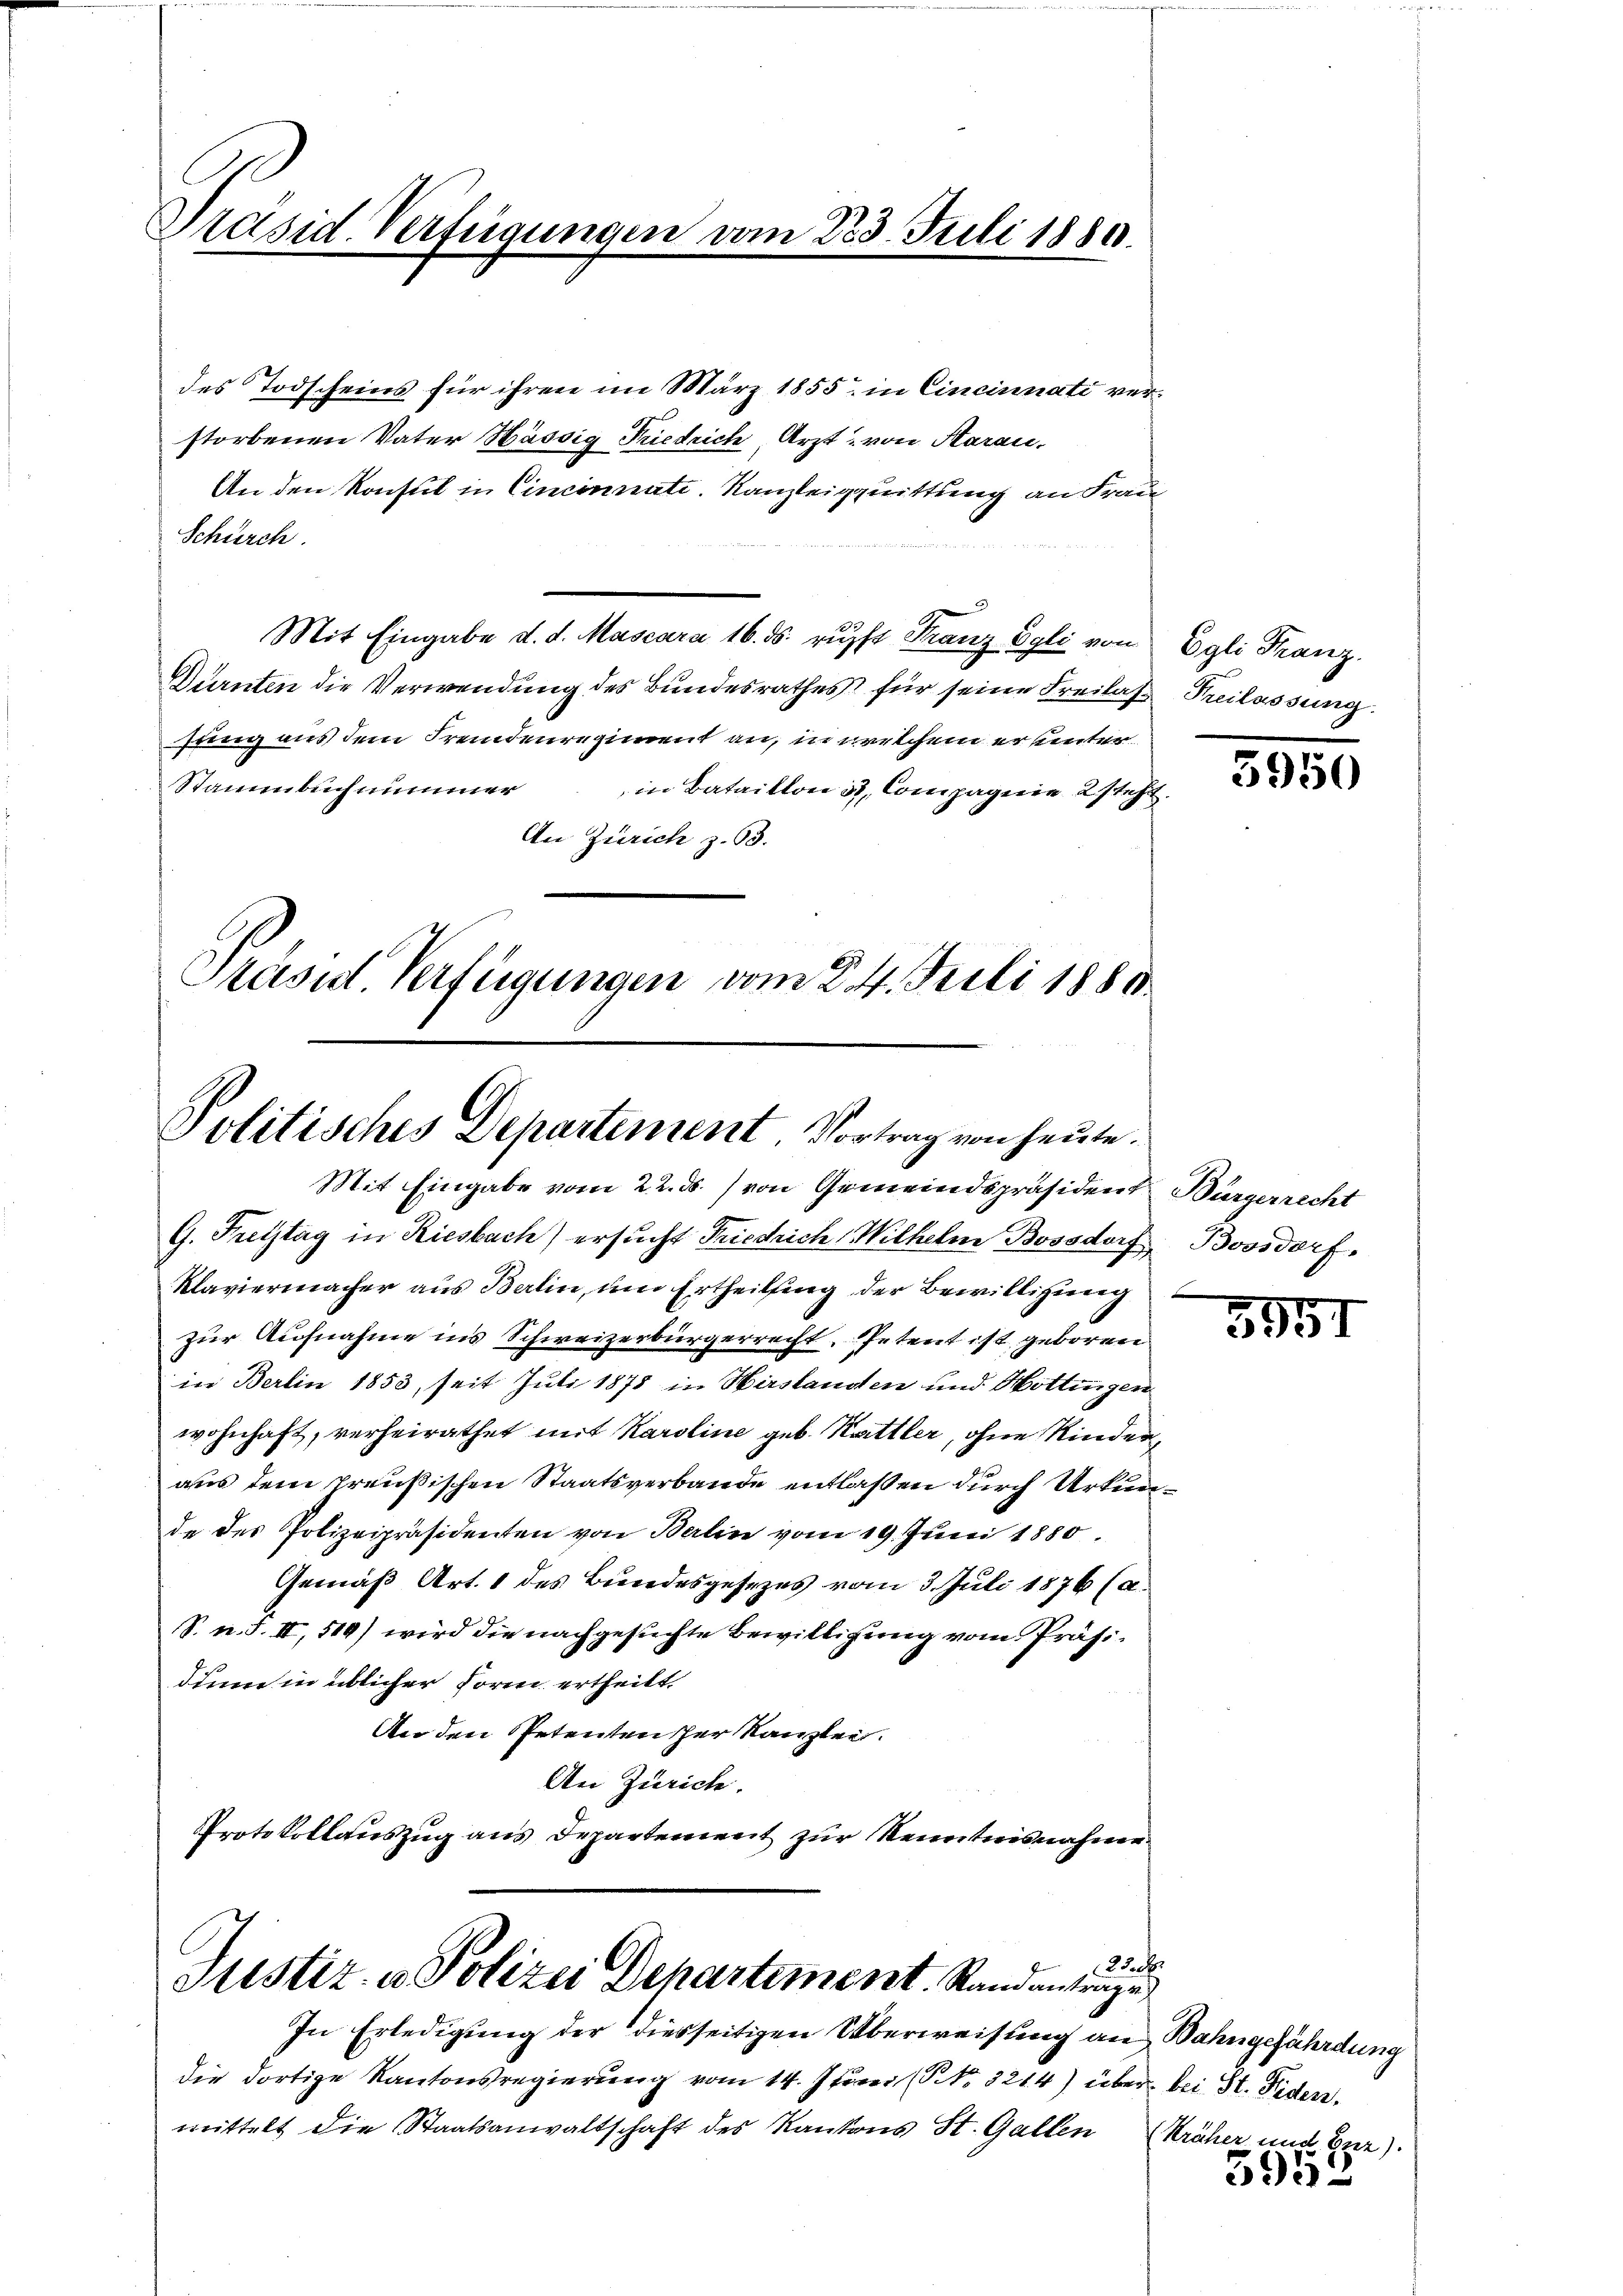
Präsid. Verfügungen vom 223. Juli 1889.

des Todscheins für ihren im März 1855 in Cincinati verstorbenen Vater Hässig Friedrich, Arzt von Starau
An den Konsul in Cincinnate. Kanzleigquittung an Frau
Schürch.
Mit Eingabe d. d. Mascara 16. ds. rupft Franz Egli von
Dürnten die Verwendung des Bundesrathes für seine Freilass
sung aus dem Fremdenregiment an, in wertschem er unter¬
Stamenbuch nimmer
in Bataillon in Compagnie 2 steht.
An Zürich z. B.
Präsid. Verfügungen vom 24. Juli 1880

Politisches Departement. Vortrag von heute.

Mit Eingabe vom 22. ds. von Gemeindspräsident Bürgerrecht
G. Frettag in Riesbach) ersucht Friedrich Wilhelm Bossdorf
Klaviermacher aus Berlin, um Ertheilung der Bewilligung
zur Aufnahme ins Schweizerbürgerrecht, Petent ist geboren
in Berlin 1853, seit Juli 1878 in Hirslanden und Hottingen
wohnhaft, verheirathet mit Karoline geb. Kettler, ohne Kinderaus dem Preußischen Staatsverbande entlaßen durch Urkunde des Polizeipräsidenten von Berlin vom 19. Juni 1880.
Gemäß Art. 1 des Bundesgesezes vom 3. Juli 1876 (a.
S. n. F. II, 519) wird die nachgesuchte Bewilligung vom Präsidium in üblicher Form ertheilt
An den Petenten her Kanzlei.
An Zürich.
Protokollauszug aus Departement zur Kenntnisnahme

2Sch
Justiz- u Polizei Departement. Standantrage
In Erledigung der diesseitigen Überweisung an Bahngefährdung

die dortige Kantonsregierung vom 14. Junii (NNo. 3214) über bei St. Fider,
mittelt die Staatsanwaltschaft des Kantons St. Gallen

Egli Franz.
Freilassung

3950

Boosdorf.

3951

(Kräher und Enz).

5952